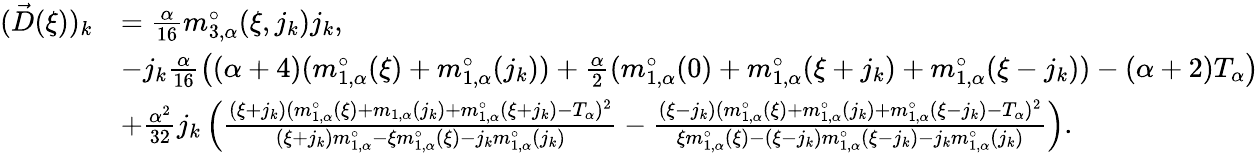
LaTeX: \begin{array}{rl}{(\vec{D}(\xi))_{k}}&{=\frac{\alpha}{16}m_{3,\alpha}^{\circ}(\xi,j_{k})j_{k},}\\ &{-j_{k}\frac{\alpha}{16}\left(({\alpha+4})(m_{1,\alpha}^{\circ}(\xi)+m_{1,\alpha}^{\circ}(j_{k}))+\frac{\alpha}{2}(m_{1,\alpha}^{\circ}(0)+m_{1,\alpha}^{\circ}(\xi+j_{k})+m_{1,\alpha}^{\circ}(\xi-j_{k}))-(\alpha+2)T_{\alpha}\right)}\\ &{+\frac{\alpha^{2}}{32}j_{k}\left(\frac{(\xi+j_{k})(m_{1,\alpha}^{\circ}(\xi)+m_{1,\alpha}(j_{k})+m_{1,\alpha}^{\circ}(\xi+j_{k})-T_{\alpha})^{2}}{(\xi+j_{k})m_{1,\alpha}^{\circ}-\xi m_{1,\alpha}^{\circ}(\xi)-j_{k}m_{1,\alpha}^{\circ}(j_{k})}-\frac{(\xi-j_{k})(m_{1,\alpha}^{\circ}(\xi)+m_{1,\alpha}^{\circ}(j_{k})+m_{1,\alpha}^{\circ}(\xi-j_{k})-T_{\alpha})^{2}}{\xi m_{1,\alpha}^{\circ}(\xi)-(\xi-j_{k})m_{1,\alpha}^{\circ}(\xi-j_{k})-j_{k}m_{1,\alpha}^{\circ}(j_{k})}\right).}\end{array}